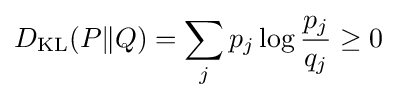
D_{\mathrm {KL} }(P\|Q)=\sum _{j}p_{j}\log {\frac {p_{j}}{q_{j}}}\geq 0